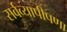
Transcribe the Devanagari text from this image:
सर्वव्यापीपणा